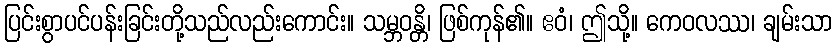
ပြင်းစွာပင်ပန်းခြင်းတို့သည်လည်းကောင်း။ သမ္ဘဝန္တိ၊ ဖြစ်ကုန်၏။ ဧဝံ၊ ဤသို့။ ကေဝလဿ၊ ချမ်းသာ